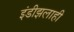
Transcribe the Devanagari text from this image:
इंडीझलाही